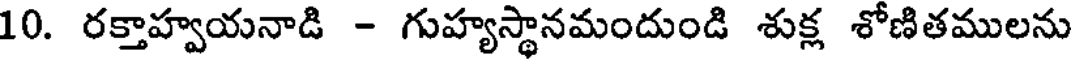
10. రక్తాహ్వయనాడి - గుహ్యస్థానమందుండి శుక్ల శోణితములను